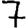
Digit: 7